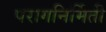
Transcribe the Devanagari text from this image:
परागनिर्मिती